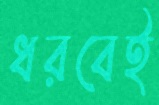
ধরবেই